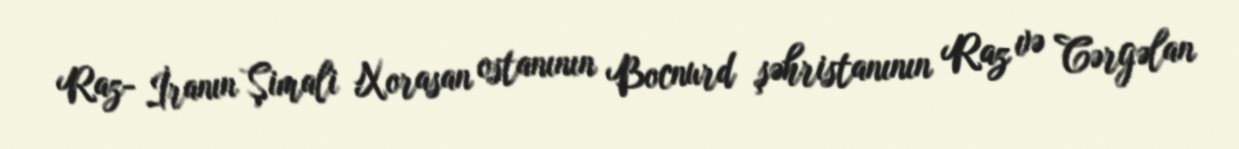
Raz- İranın Şimali Xorasan ostanının Bocnurd şəhristanının Raz və Cərgəlan